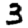
Digit: 3